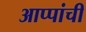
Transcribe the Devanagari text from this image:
आप्पांची